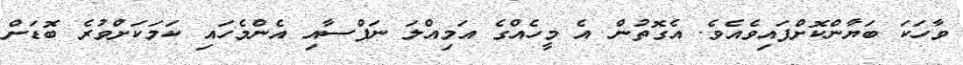
ވާހަކަ ބަޔާންކޮށްފައިވެއެވެ. އެގޮތުން އެ މީހެއްގެ އަމިއްލަ ނަފްސާއި އެންމެހައި ކަމަކަށްވުރެ ބޮޑަށް